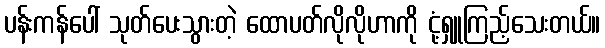
ပန်းကန်ပေါ် သုတ်ပေးသွားတဲ့ ထောပတ်လိုလိုဟာကို ငုံ့ရှူကြည့်သေးတယ်။